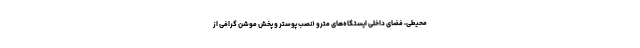
محیطی، فضای داخلی ایستگاه‌های مترو (نصب پوستر و پخش موشن گرافی از